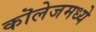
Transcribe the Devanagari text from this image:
कॊलेजमध्ये